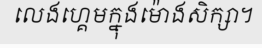
លេងហ្គេមក្នុងម៉ោងសិក្សា។